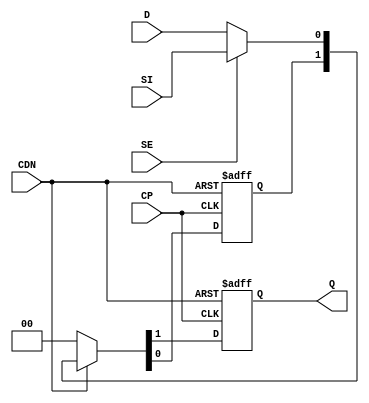
// SPDX-License-Identifier: Apache-2.0
// Copyright (C) 2019 Intel Corporation. 
module aibcr3_sync_2ff (CDN, CP, D, SE, SI, Q);
    input CDN, CP, D, SE, SI;
    output reg Q;
    wire data;
    reg flop_0;

        assign data = SE ?  SI : D ; 
	
	always @(posedge CP or negedge CDN)
		if (!CDN) {Q,flop_0} <= 0;
		else if (CDN) {Q,flop_0} <= {flop_0,data};
		else {Q,flop_0} <= 0;
endmodule